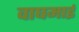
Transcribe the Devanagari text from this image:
वाघमाई